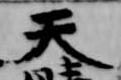
天